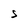
Character: S